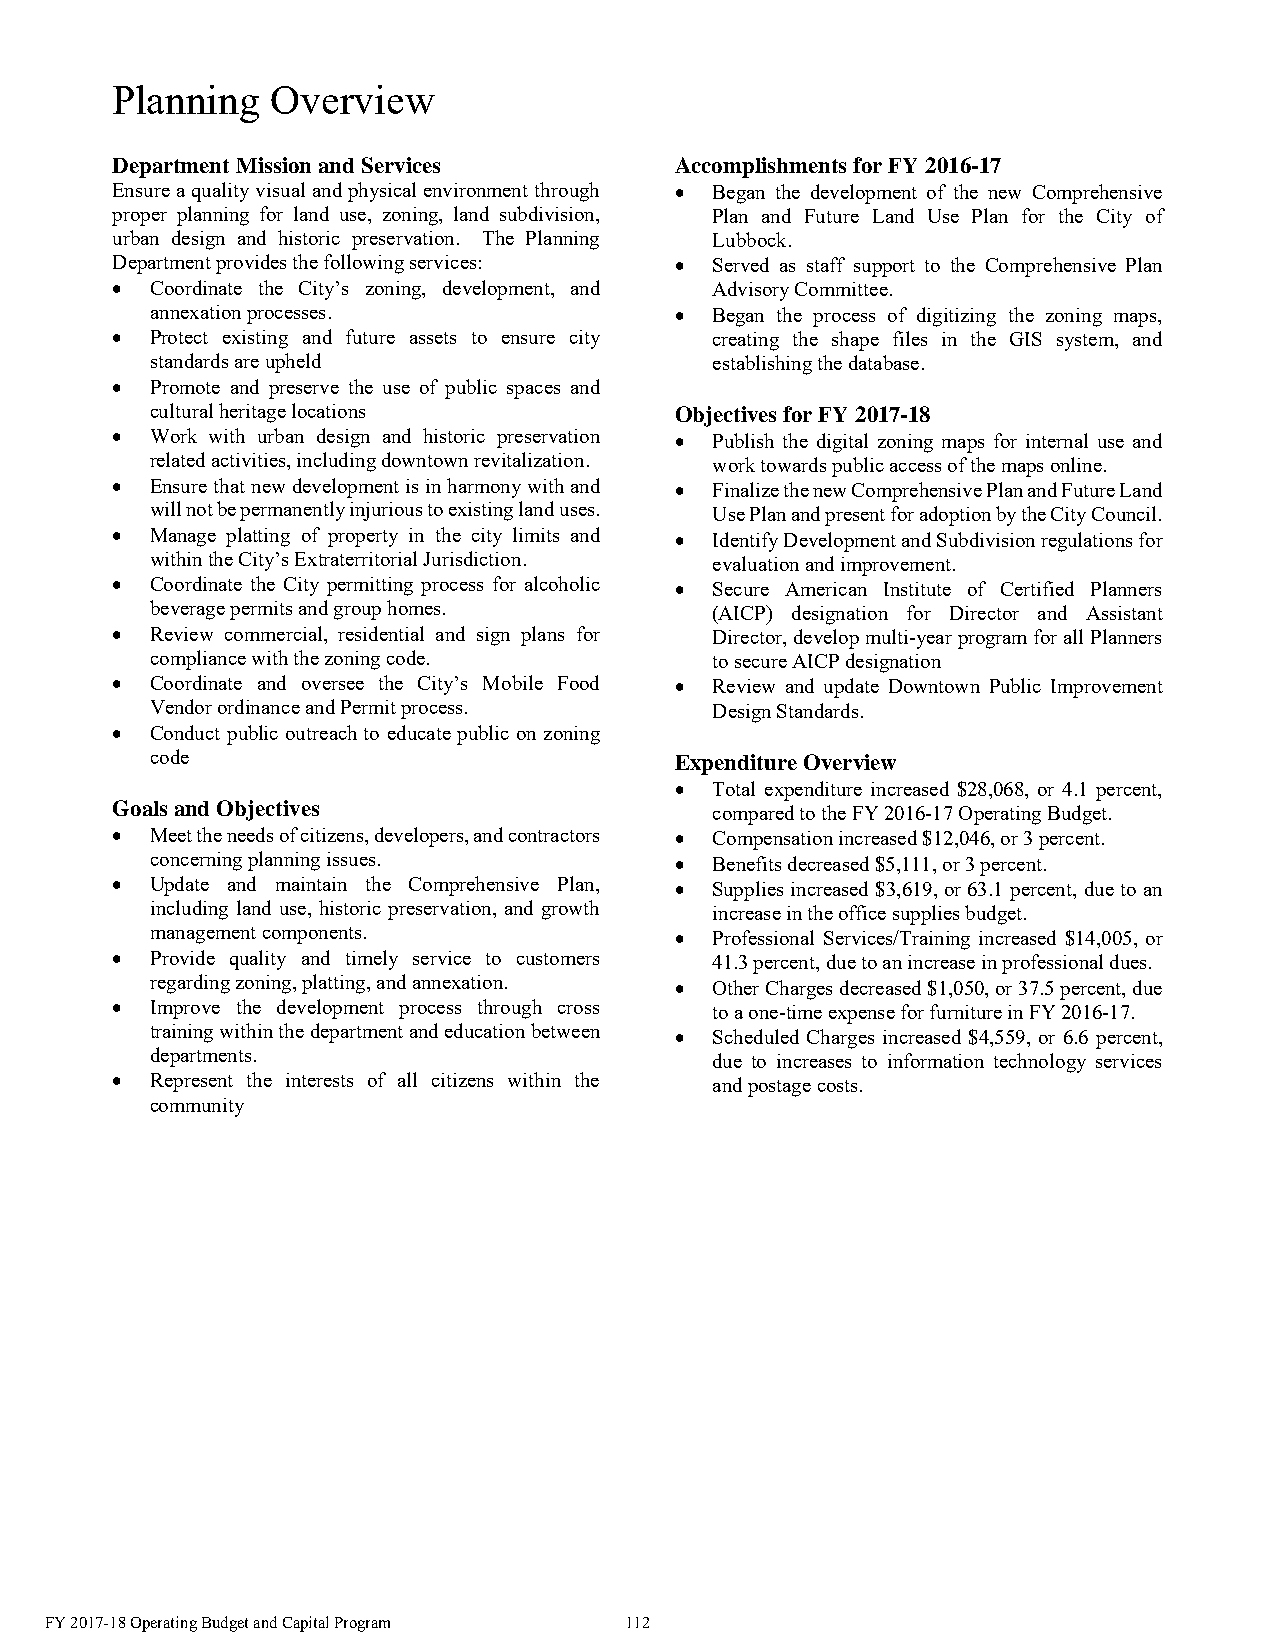
Planning   Overview
 Department Mission and Services       Accomplishments for FY 2016-17
 Ensure a quality visual and physical environment through  Began the development of the new Comprehensive
 proper planning for land use, zoning, land subdivision, Plan and Future Land Use Plan for the City of
 urban design and historic preservation. The Planning Lubbock.
 Department provides the following services:  Served as staff support to the Comprehensive Plan
   Coordinate the City’s zoning, development, and Advisory Committee.
 annexation processes.               Began the process of digitizing the zoning maps,
   Protect existing and future assets to ensure city creating the shape files in the GIS system, and
 standards are upheld                 establishing the database.
   Promote and preserve the use of public spaces and
 cultural heritage locations        Objectives for FY 2017-18
   Work with urban design and historic preservation  Publish the digital zoning maps for internal use and
 related activities, including downtown revitalization. work towards public access of the maps online.
   Ensure that new development is in harmony with and  Finalize the new Comprehensive Plan and Future Land
 will not be permanently injurious to existing land uses. Use Plan and present for adoption by the City Council.
   Manage platting of property in the city limits and  Identify Development and Subdivision regulations for
 within the City’s Extraterritorial Jurisdiction. evaluation and improvement.
   Coordinate the City permitting process for alcoholic  Secure American Institute of Certified Planners
 beverage permits and group homes.    (AICP) designation for Director and Assistant
   Review commercial, residential and sign plans for Director, develop multi-year program for all Planners
 compliance with the zoning code.     to secure AICP designation
   Coordinate and oversee the City’s Mobile Food  Review and update Downtown Public Improvement
 Vendor ordinance and Permit process. Design Standards.
   Conduct public outreach to educate public on zoning
 code                               Expenditure Overview
  Total expenditure increased $28,068, or 4.1 percent,
 Goals and Objectives
 compared to the FY 2016-17 Operating Budget.
   Meet the needs of citizens, developers, and contractors  Compensation increased $12,046, or 3 percent.
 concerning planning issues.         Benefits decreased $5,111, or 3 percent.
   Update and maintain the Comprehensive Plan,  Supplies increased $3,619, or 63.1 percent, due to an
 including land use, historic preservation, and growth increase in the office supplies budget.
 management components.              Professional Services/Training increased $14,005, or
   Provide quality and timely service to customers 41.3 percent, due to an increase in professional dues.
 regarding zoning, platting, and annexation.  Other Charges decreased $1,050, or 37.5 percent, due
   Improve the development process through cross to a one-time expense for furniture in FY 2016-17.
 training within the department and education between  Scheduled Charges increased $4,559, or 6.6 percent,
 departments.                         due to increases to information technology services
   Represent the interests of all citizens within the and postage costs.
 community
 FY 2017-18 Operating Budget and Capital Program 112